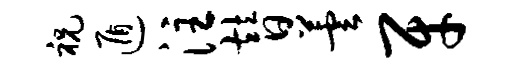
祝遁注替芸牙